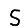
Digit: 5